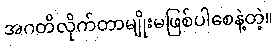
အဂတိလိုက်တာမျိုးမဖြစ်ပါစေနဲ့တဲ့။